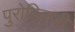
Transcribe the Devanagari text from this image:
पुरोहितजी